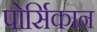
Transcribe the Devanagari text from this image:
पोर्सिकान